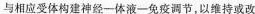
与相应受体构建神经一体液一免疫调节，以维持或改